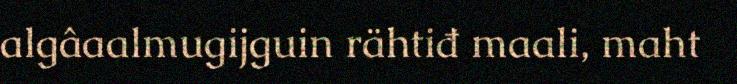
algâaalmugijguin rähtiđ maali, maht